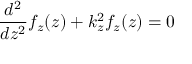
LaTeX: { \frac { d ^ { 2 } } { d z ^ { 2 } } } f _ { z } ( z ) + k _ { z } ^ { 2 } f _ { z } ( z ) = 0